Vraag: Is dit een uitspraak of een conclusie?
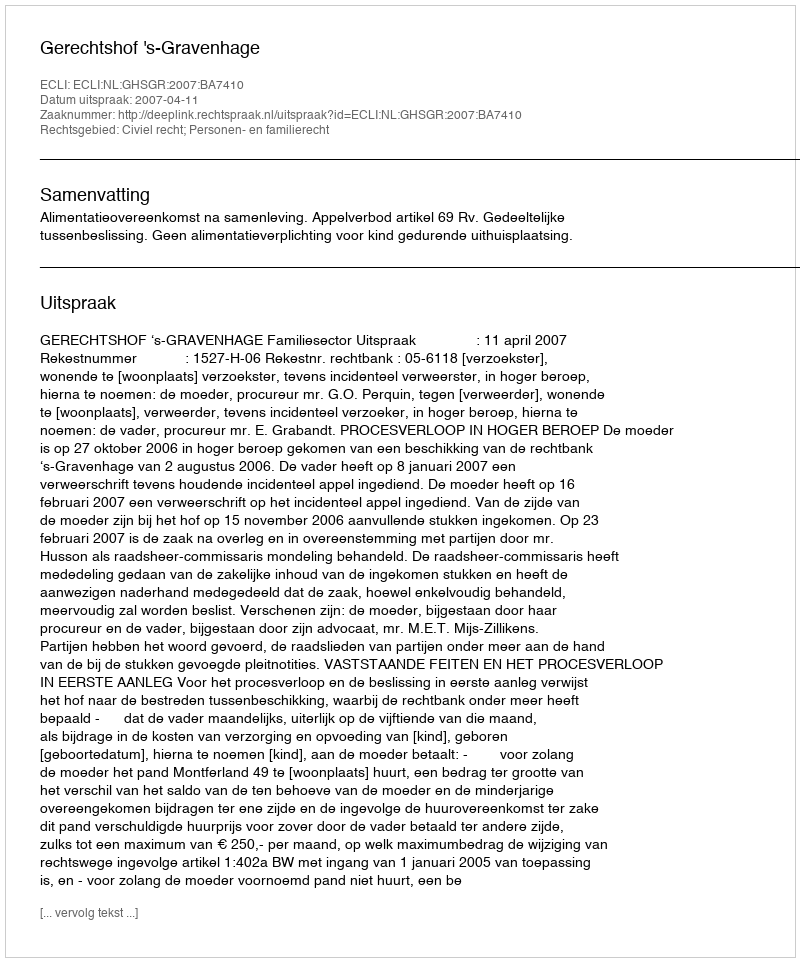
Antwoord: Uitspraak